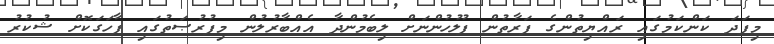
މިފަދަ ކަންކަމުގައި ރައްޔިތުންގެ ފަރާތުން ފުލުހުންނަށް ލިބެމުންދާ އެއްބާރުލުން މިފުރުޞަތުގައި ފާހަގަކޮށް ޝުކުރު